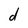
Character: d